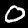
Digit: 0